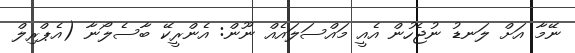
ނޭމާ އަށް ލަނޑު ނުޖެހުން އެއީ މައްސަލައެއް ނޫން: އެންރީކޭ ބާސެލޯނާ (އެޕްރިލް